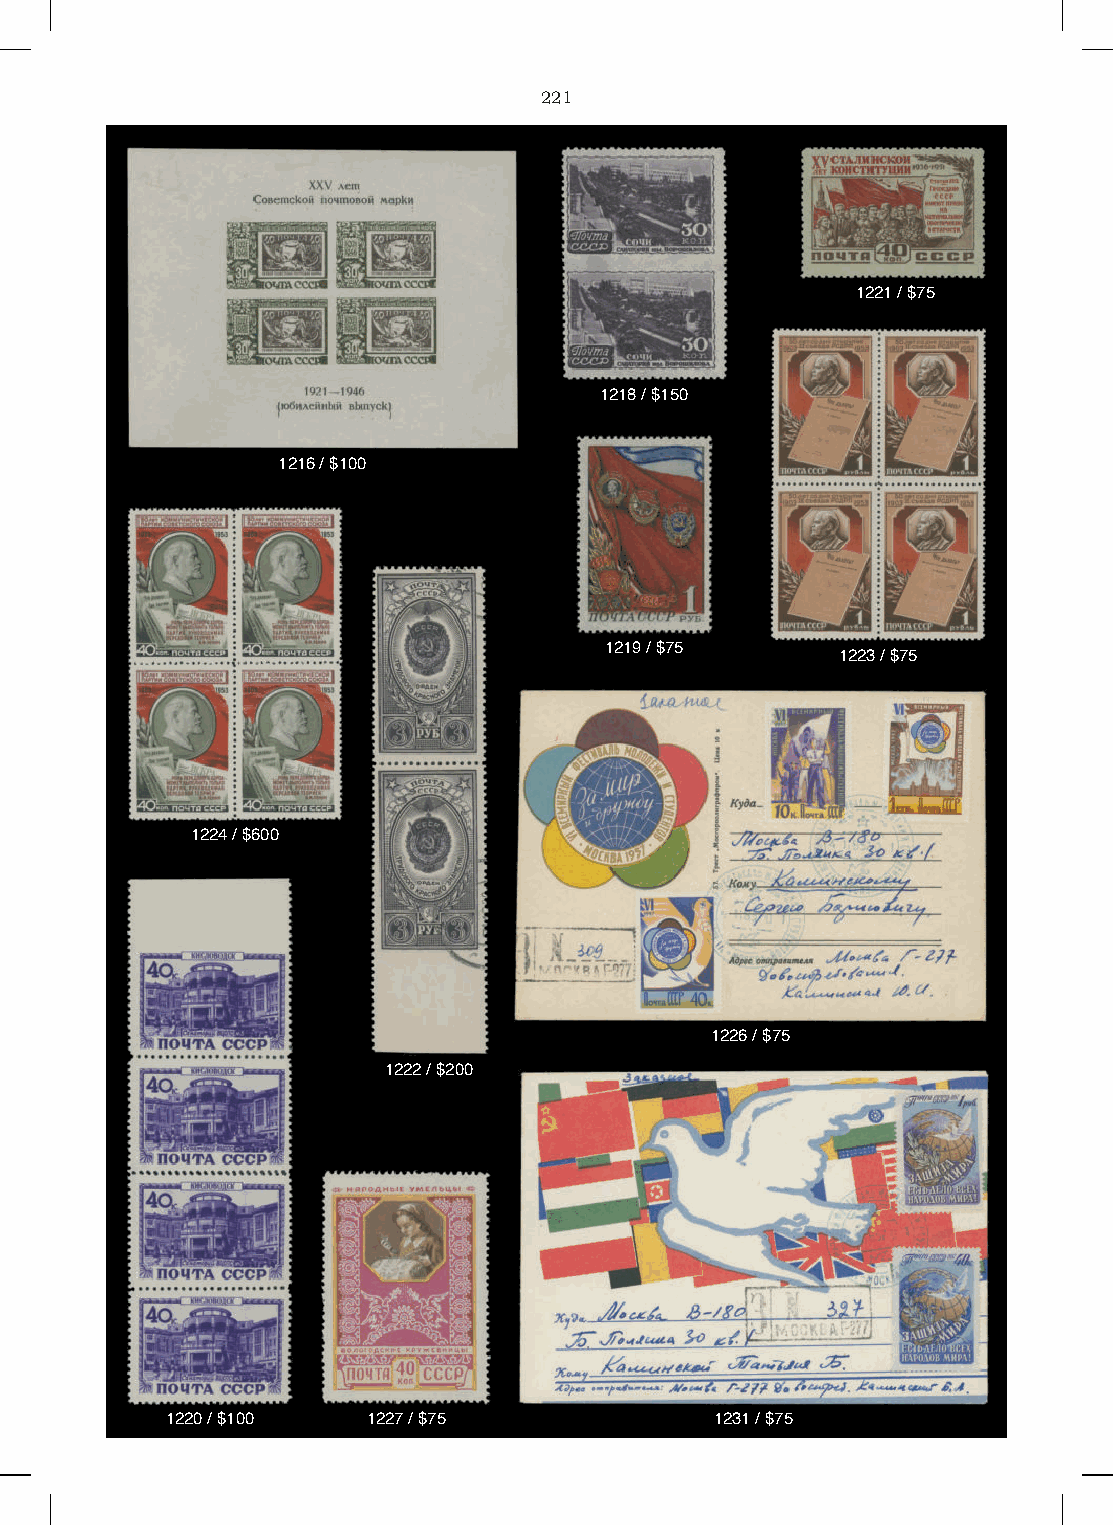
221
 1221 / $75
 1218 / $150
 1216 / $100
 1219 / $75
 1223 / $75
 1224 / $600
 1226 / $75
 1222 / $200
 1220 / $100  1227 / $75             1231 / $75